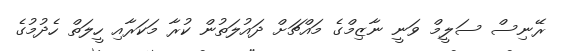
ރޭނިސް ސަލީމް ވަނީ ނާޒިމްގެ މައްޗަށް ދައުލަތުން ކުރާ މަކަރާއި ހީލަތް ހެދުމުގެ